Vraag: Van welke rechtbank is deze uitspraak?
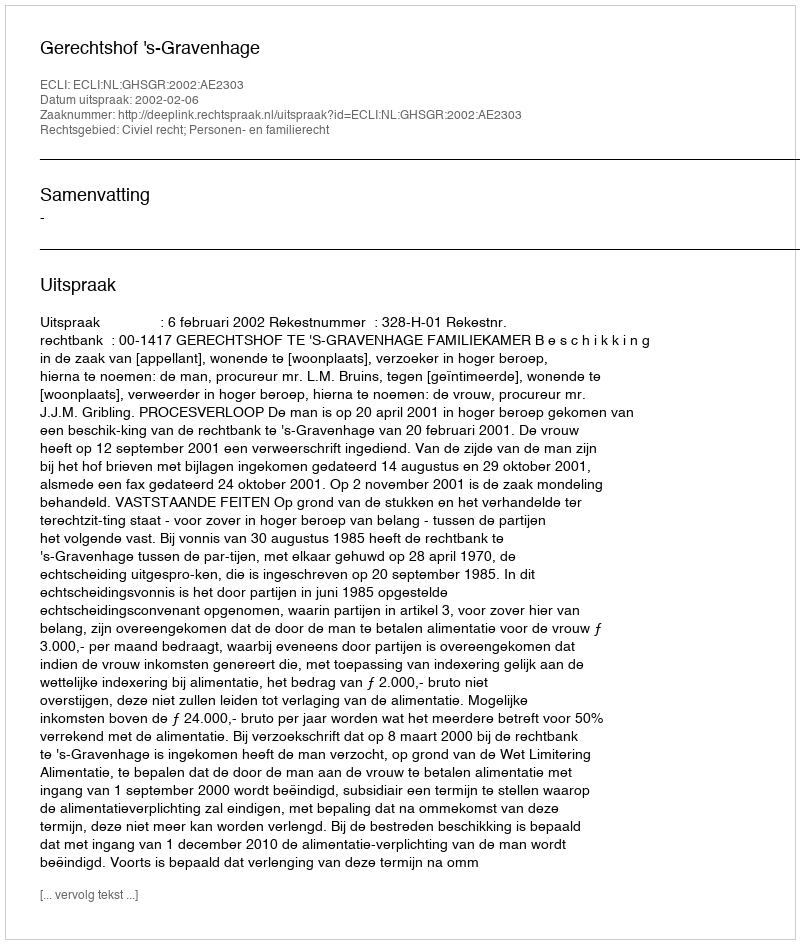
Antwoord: Gerechtshof 's-Gravenhage